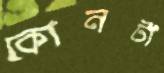
কোনটা